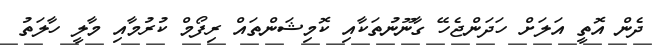
ދެން އޮތީ އަލަށް ހަދަންޖެހޭ ގާނޫނުތަކާއި ކޮމިޝަންތައް ރިފޯމް ކުރުމާއި މާލީ ހާލަތު